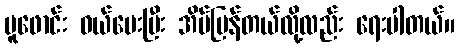
ပူဖောင်း ဝယ်ပေးပြီး အိမ်ပြန်တယ်လို့လည်း ရေးပါတယ်။